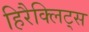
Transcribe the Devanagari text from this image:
हिरैक्लिट्स